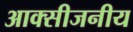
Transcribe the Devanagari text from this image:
आक्सीजनीय